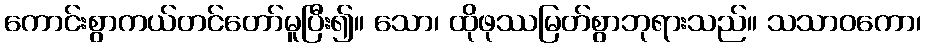
ကောင်းစွာကယ်တင်တော်မူပြီး၍။ သော၊ ထိုဖုဿမြတ်စွာဘုရားသည်။ သသာဝကော၊